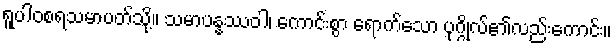
ရူပါဝစရသမာပတ်သို့။ သမာပန္နဿဝါ၊ ကောင်းစွာ ရောက်သော ပုဂ္ဂိုလ်၏လည်းကောင်း။